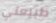
طبيعتي